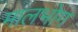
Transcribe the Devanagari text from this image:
मालभोग